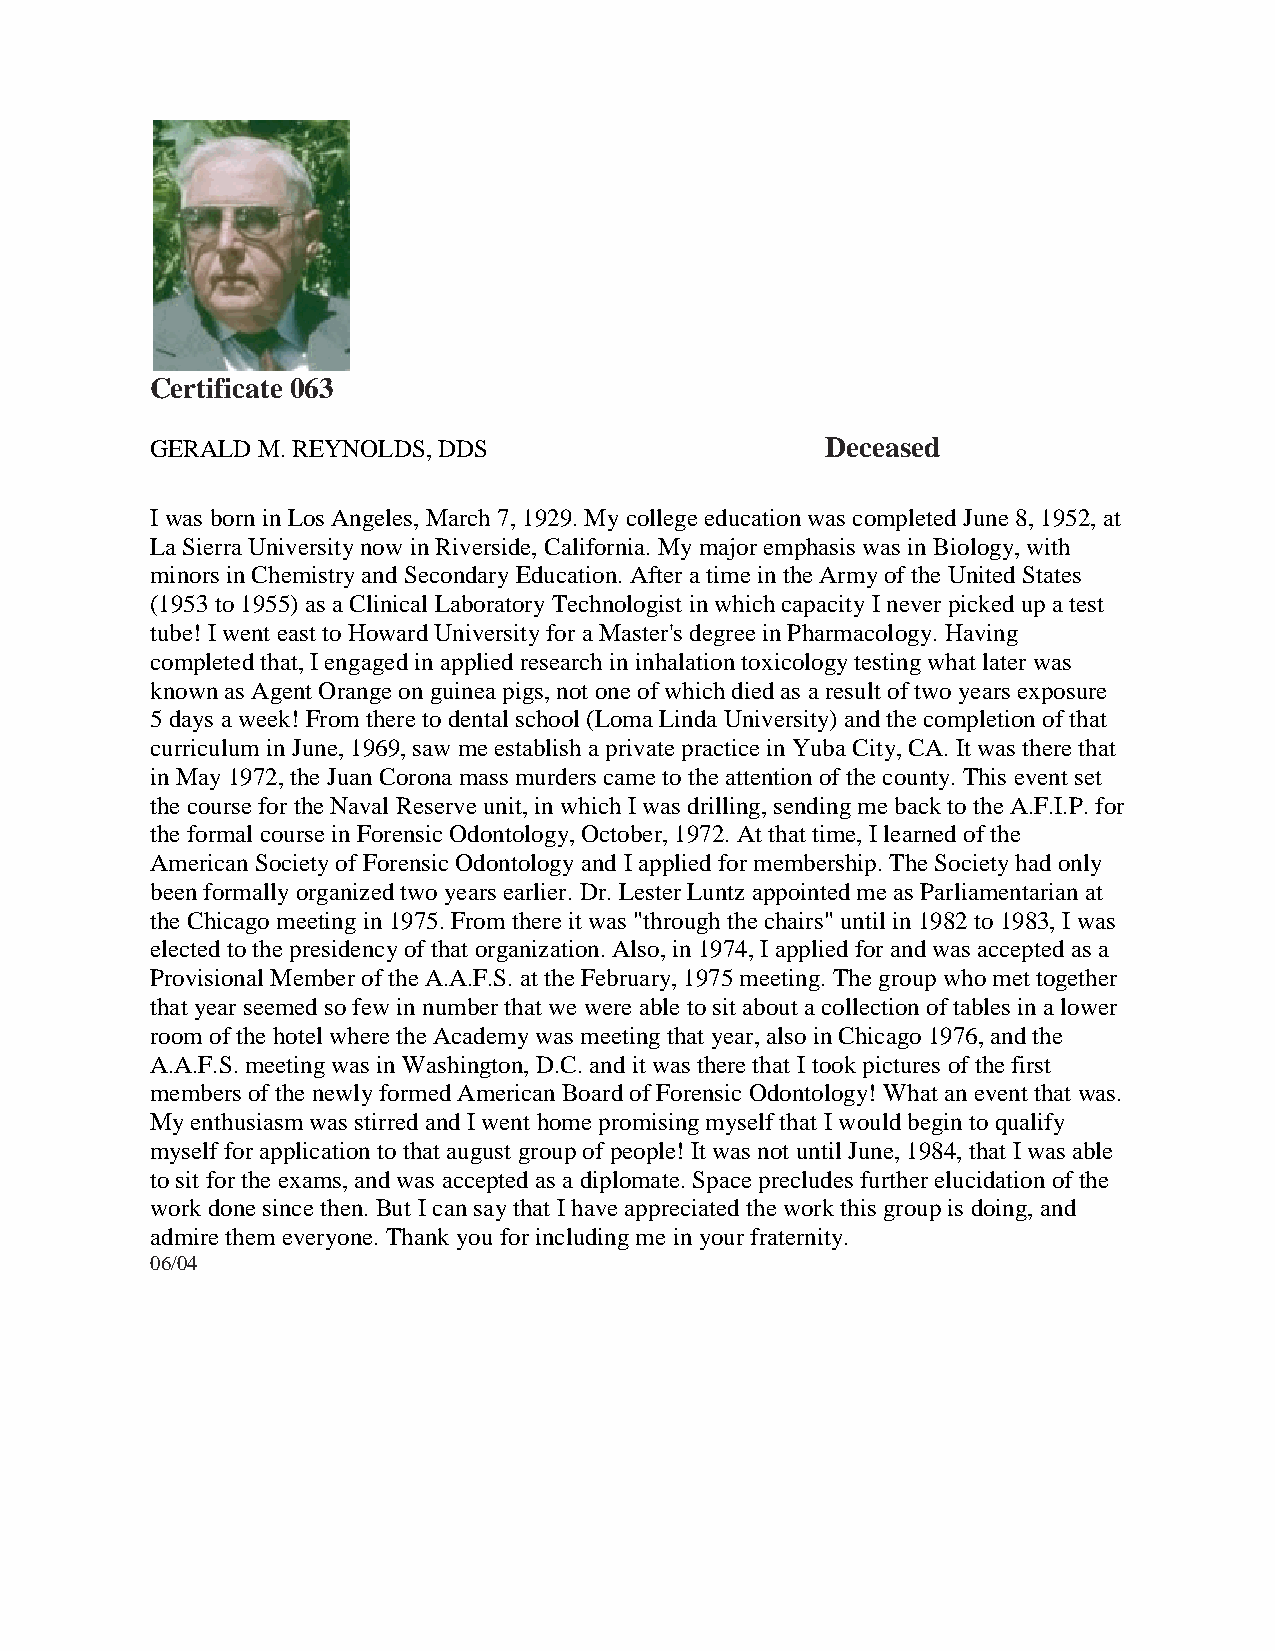
Certificate 063
 GERALD M. REYNOLDS, DDS                      Deceased
 I was born in Los Angeles, March 7, 1929. My college education was completed June 8, 1952, at
 La Sierra University now in Riverside, California. My major emphasis was in Biology, with
 minors in Chemistry and Secondary Education. After a time in the Army of the United States
 (1953 to 1955) as a Clinical Laboratory Technologist in which capacity I never picked up a test
 tube! I went east to Howard University for a Master's degree in Pharmacology. Having
 completed that, I engaged in applied research in inhalation toxicology testing what later was
 known as Agent Orange on guinea pigs, not one of which died as a result of two years exposure
 5 days a week! From there to dental school (Loma Linda University) and the completion of that
 curriculum in June, 1969, saw me establish a private practice in Yuba City, CA. It was there that
 in May 1972, the Juan Corona mass murders came to the attention of the county. This event set
 the course for the Naval Reserve unit, in which I was drilling, sending me back to the A.F.I.P. for
 the formal course in Forensic Odontology, October, 1972. At that time, I learned of the
 American Society of Forensic Odontology and I applied for membership. The Society had only
 been formally organized two years earlier. Dr. Lester Luntz appointed me as Parliamentarian at
 the Chicago meeting in 1975. From there it was "through the chairs" until in 1982 to 1983, I was
 elected to the presidency of that organization. Also, in 1974, I applied for and was accepted as a
 Provisional Member of the A.A.F.S. at the February, 1975 meeting. The group who met together
 that year seemed so few in number that we were able to sit about a collection of tables in a lower
 room of the hotel where the Academy was meeting that year, also in Chicago 1976, and the
 A.A.F.S. meeting was in Washington, D.C. and it was there that I took pictures of the first
 members of the newly formed American Board of Forensic Odontology! What an event that was.
 My enthusiasm was stirred and I went home promising myself that I would begin to qualify
 myself for application to that august group of people! It was not until June, 1984, that I was able
 to sit for the exams, and was accepted as a diplomate. Space precludes further elucidation of the
 work done since then. But I can say that I have appreciated the work this group is doing, and
 admire them everyone. Thank you for including me in your fraternity.
 06/04